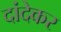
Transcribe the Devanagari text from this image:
दांदेकर